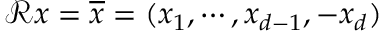
\mathscr { R } x = \overline { { x } } = ( x _ { 1 } , \cdots , x _ { d - 1 } , - x _ { d } )